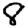
Digit: 8